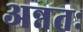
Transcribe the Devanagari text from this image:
अन्नतः